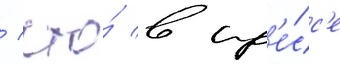
/ что́ в пр'е́сс'е